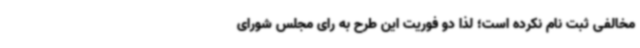
مخالفی ثبت نام نکرده است؛ لذا دو فوریت این طرح به رای مجلس شورای